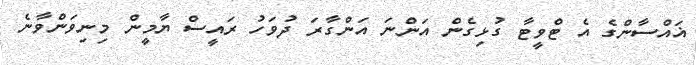
ޣައްސާންގެ އެ ޓްވީޓާ ގުޅިގެން އަންނަ އަންގާރަ ދުވަހު ރައީސް ޔާމީން މިނިވަންވާނެ